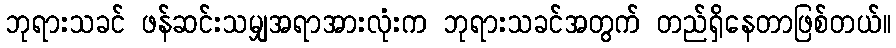
ဘုရားသခင် ဖန်ဆင်းသမျှအရာအားလုံးက ဘုရားသခင်အတွက် တည်ရှိနေတာဖြစ်တယ်။